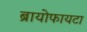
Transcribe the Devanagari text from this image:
ब्रायोफायटा